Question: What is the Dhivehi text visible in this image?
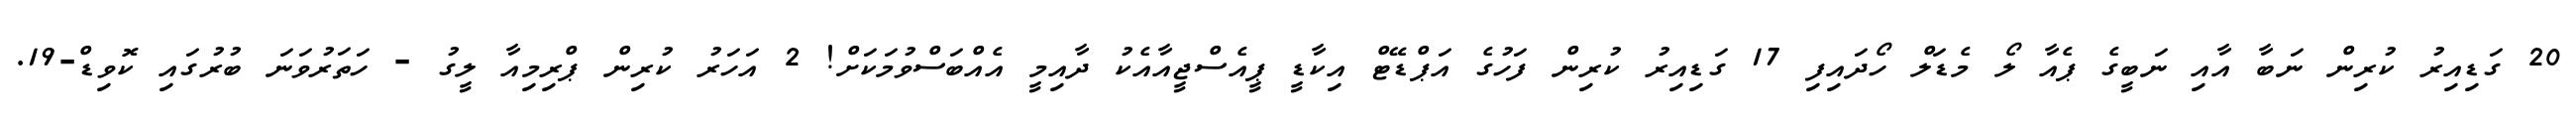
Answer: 20 ގަޑިއިރު ކުރިން ނަބާ އާއި ނަބީގެ ޕެއާ ލޯ މެޑަލް ހޯދައިފި 17 ގަޑިއިރު ކުރިން ފަހުގެ އަޕްޑޭޓް އިކާޑީ ޕީއެސްޖީއާއެކު ދާއިމީ އެއްބަސްވުމަކަށް! 2 އަހަރު ކުރިން ޕްރިމިއާ ލީގު - ހަތަރުވަނަ ބުރުގައި ކޮވިޑް-19.